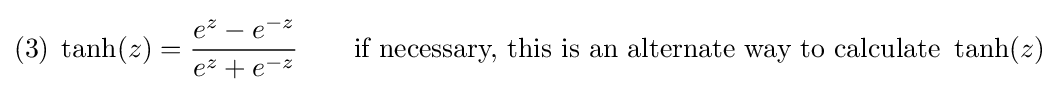
(3)\;\tanh(z)={\frac {e^{z}-e^{-z}}{e^{z}+e^{-z}}}\qquad {\text{if necessary, this is an alternate way to calculate }}\tanh(z)